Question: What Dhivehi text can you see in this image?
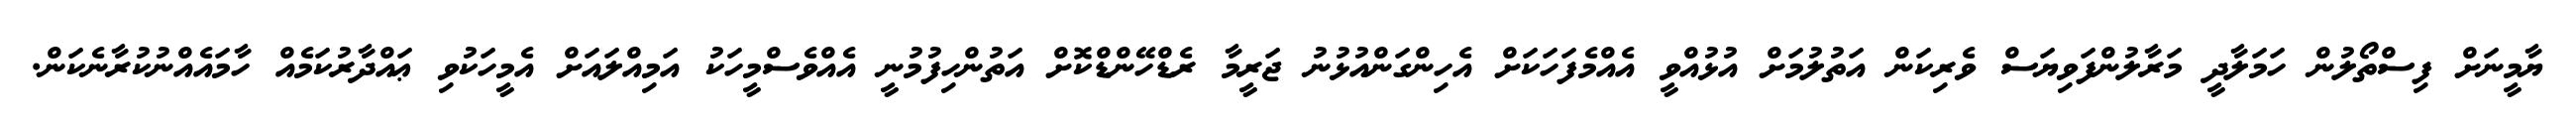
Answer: ޔާމީނަށް ފިސްތޯލުން ހަމަލާދީ މަރާލުންފަވިޔަސް ވެރިކަން އަތުލުމަށް އުޅުއްވީ އެއްމެފަހަކަށް އެހިންގަންއުޅުނު ޖަރީމާ ރެޑްހޭންޑްކޮށް އަތުންހިފުމުނީ އެއްވެސްމީހަކު އަމިއްލައަށް އެމީހަކުވި ޢައްދާރުކަމެއް ހާމައެއްނުކުރާނެކަން.